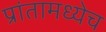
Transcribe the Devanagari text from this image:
प्रांतामध्येच